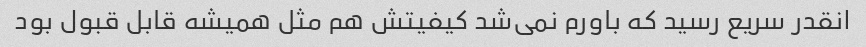
انقدر سریع رسید که باورم نمی‌شد کیفیتش هم مثل همیشه قابل قبول بود